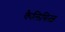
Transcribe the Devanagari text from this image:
कैलिबित्ज